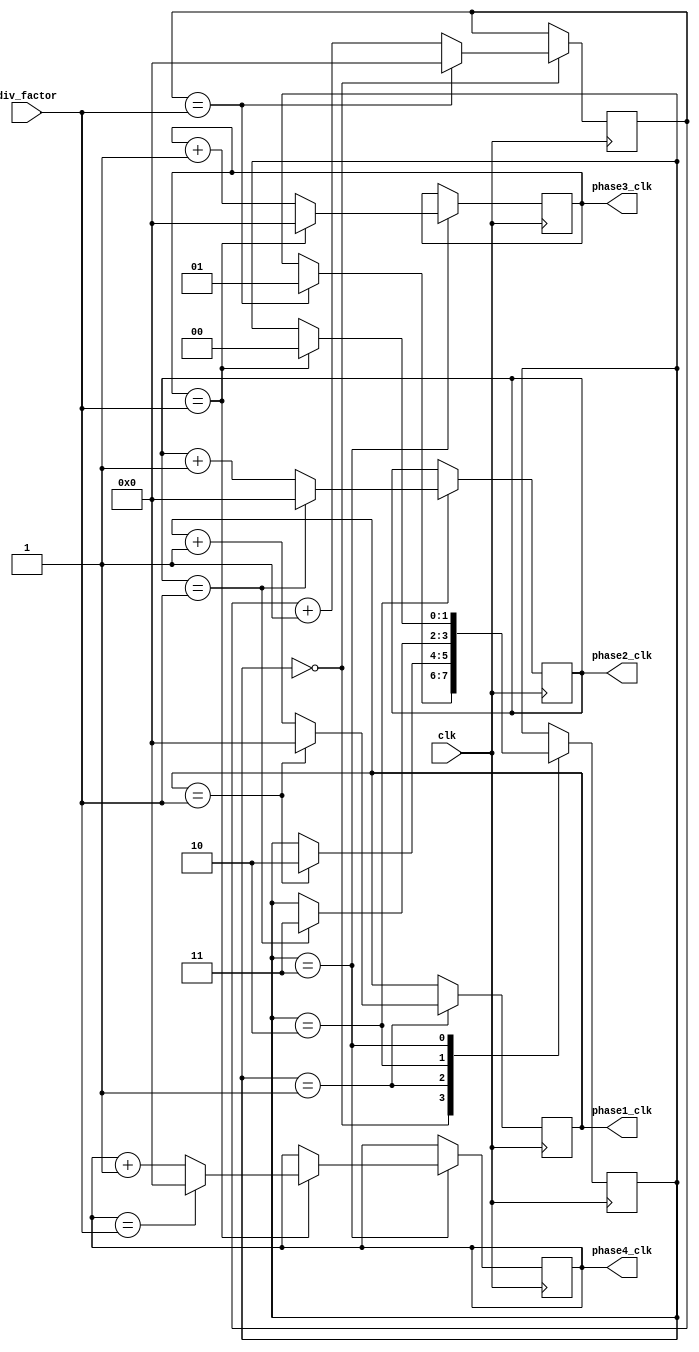
module multi_phase_clock_divider (
    input clk,
    input [7:0] div_factor,
    output reg [7:0] phase1_clk,
    output reg [7:0] phase2_clk,
    output reg [7:0] phase3_clk,
    output reg [7:0] phase4_clk
);

reg [7:0] count;
reg [1:0] state;

always @ (posedge clk) begin
    case (state)
        2'b00: begin
            count <= count + 1;
            if (count == div_factor) begin
                count <= 0;
                state <= 2'b01;
            end
        end
        2'b01: begin
            phase1_clk <= phase1_clk + 1;
            if (phase1_clk == div_factor) begin
                phase1_clk <= 0;
                state <= 2'b10;
            end
        end
        2'b10: begin
            phase2_clk <= phase2_clk + 1;
            if (phase2_clk == div_factor) begin
                phase2_clk <= 0;
                state <= 2'b11;
            end
        end
        2'b11: begin
            phase3_clk <= phase3_clk + 1;
            if (phase3_clk == div_factor) begin
                phase3_clk <= 0;
                state <= 2'b00;
                phase4_clk <= phase4_clk + 1;
                if (phase4_clk == div_factor) begin
                    phase4_clk <= 0;
                end
            end
        end
    endcase
end

endmodule